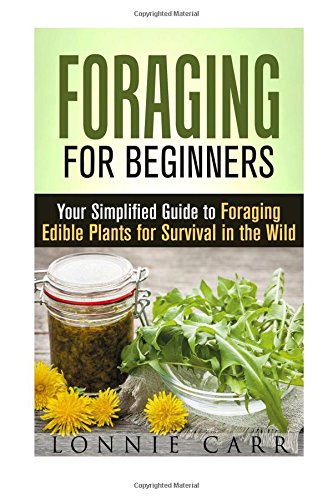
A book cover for Foraging for Beginners: Your Simplified Guide to Foraging Edible Plants for Survival in the Wild (Prepper & Homesteading); Lonnie Carr; Science & Math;